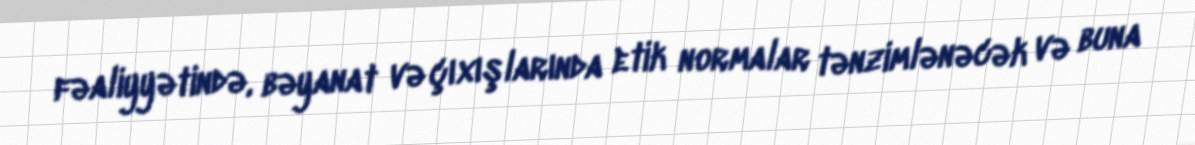
fəaliyyətində, bəyanat və çıxışlarında etik normalar tənzimlənəcək və buna